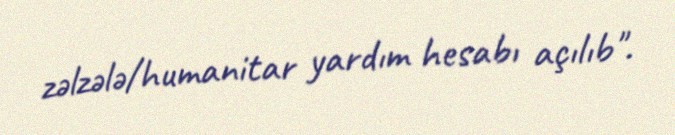
zəlzələ/humanitar yardım hesabı açılıb".